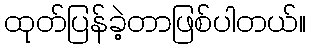
ထုတ်ပြန်ခဲ့တာဖြစ်ပါတယ်။